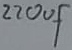
Text: 220µF